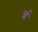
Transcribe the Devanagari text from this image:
र्ऋ